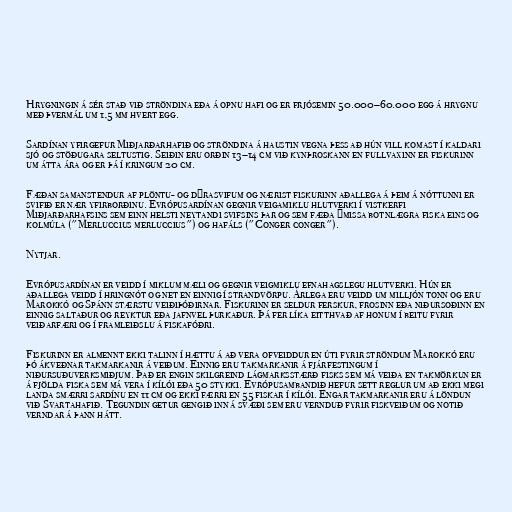
Hrygningin á sér stað við ströndina eða á opnu hafi og er frjósemin 50.000–60.000 egg á hrygnu
með þvermál um 1,5 mm hvert egg.

Sardínan yfirgefur Miðjarðarhafið og ströndina á haustin vegna þess að hún vill komast í kaldari
sjó og stöðugara seltustig. Seiðin eru orðin 13–14 cm við kynþroskann en fullvaxinn er fiskurinn
um átta ára og er þá í kringum 20 cm.

Fæðan samanstendur af plöntu- og dýrasvifum og nærist fiskurinn aðallega á þeim á nóttunni er
svifið er nær yfirborðinu. Evrópusardínan gegnir veigamiklu hlutverki í vistkerfi
Miðjarðarhafsins sem einn helsti neytandi svifsins þar og sem fæða ýmissa botnlægra fiska eins og
kolmúla ("Merluccius merluccius") og hafáls ("Conger conger").

Nytjar.

Evrópusardínan er veidd í miklum mæli og gegnir veigmiklu efnahagslegu hlutverki. Hún er
aðallega veidd í hringnót og net en einnig í strandvörpu. Árlega eru veidd um milljón tonn og eru
Marokkó og Spánn stærstu veiðiþóðirnar. Fiskurinn er seldur ferskur, frosinn eða niðursoðinn en
einnig saltaður og reyktur eða jafnvel þurkaður. Þá fer líka eitthvað af honum í beitu fyrir
veiðarfæri og í framleiðslu á fiskafóðri.

Fiskurinn er almennt ekki talinn í hættu á að vera ofveiddur en úti fyrir ströndum Marokkó eru
þó ákveðnar takmarkanir á veiðum. Einnig eru takmarkanir á fjárfestingum í
niðursuðuverksmiðjum. Það er engin skilgreind lágmarksstærð fisks sem má veiða en takmörkun er
á fjölda fiska sem má vera í kílói eða 50 stykki. Evrópusambandið hefur sett reglur um að ekki megi
landa smærri sardínu en 11 cm og ekki færri en 55 fiskar í kílói. Engar takmarkanir eru á löndun
við Svartahafið. Tegundin getur gengið inn á svæði sem eru vernduð fyrir fiskveiðum og notið
verndar á þann hátt.